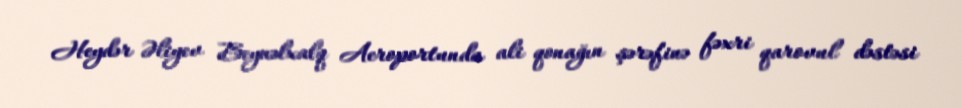
Heydər Əliyev Beynəlxalq Aeroportunda ali qonağın şərəfinə fəxri qarovul dəstəsi